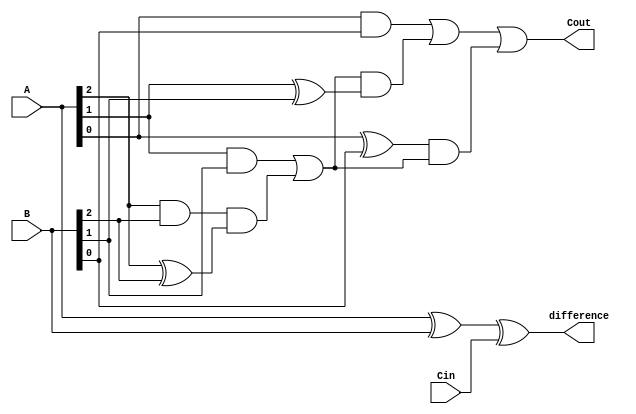
module carry_lookahead_subtractor (
    input [3:0] A,
    input [3:0] B,
    input Cin,
    output [3:0] difference,
    output Cout
);

wire [2:0] G, P, C;

assign G[2] = A[2] & B[2];
assign P[2] = A[2] ^ B[2];
assign G[1] = (A[1] & B[1]) | (G[2] & P[2]);
assign P[1] = A[1] ^ B[1];
assign C[1] = G[1] | (P[1] & G[2]);
assign G[0] = (A[0] & B[0]) | (G[1] & P[1]);
assign P[0] = A[0] ^ B[0];
assign C[0] = G[0] | (P[0] & G[1]);

assign difference = A ^ B ^ Cin;
assign Cout = C[0];

endmodule